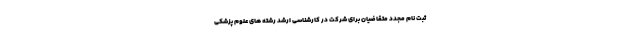
ثبت نام مجدد متقاضیان برای شرکت در کارشناسی ارشد رشته های علوم پزشکی